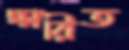
ক্ষারিত